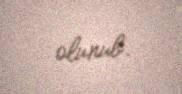
olunub.